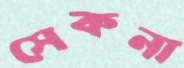
সেকনা